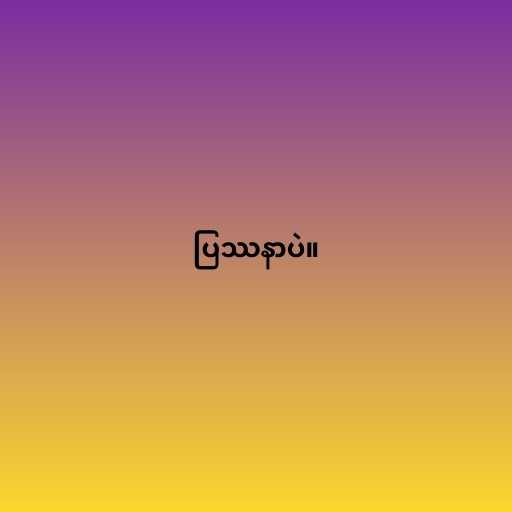
ပြဿနာပဲ။